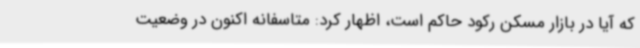
که آیا در بازار مسکن رکود حاکم است، اظهار کرد: متاسفانه اکنون در وضعیت